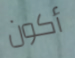
أكون